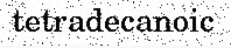
tetradecanoic